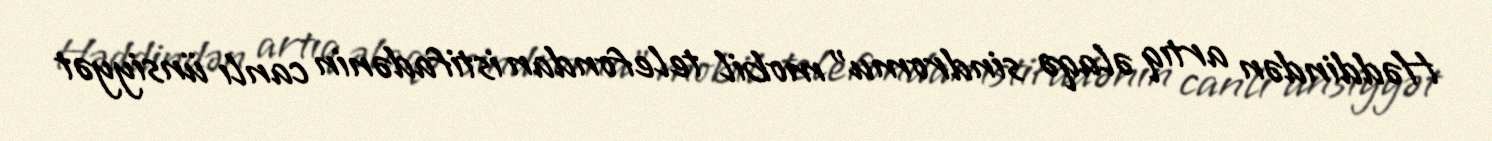
Həddindən artıq əlaqə sindromu" mobil telefondan istifadənin canlı ünsiyyət